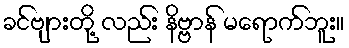
ခင်ဗျားတို့ လည်း နိဗ္ဗာန် မရောက်ဘူး။